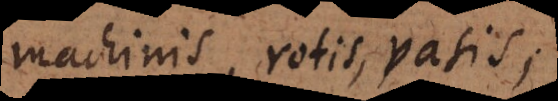
machinis, rotis, vasis